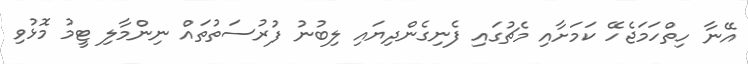
އޭނާ ހިތްހަމަޖެހޭ ކަމަށާއި މެޗުގައި ފެނިގެންދިޔައި ލިބުނު ފުރުސަތުތައް ނިންމާލި ޓީމު މޮޅުވި